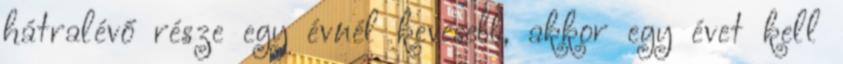
hátralévő része egy évnél kevesebb, akkor egy évet kell